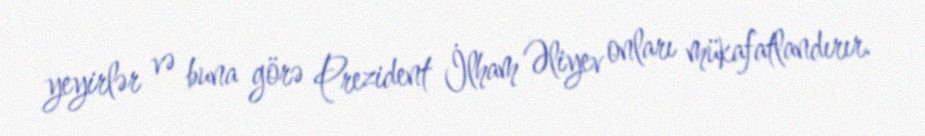
yeyirlər və buna görə Prezident İlham Əliyev onları mükafatlandırır.